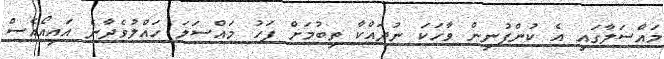
މައްސަލާގައި އެ ކުންފުނިން ވާހަކަ ނުދައްކާ ތިބުމަށް ފަހު މައްސަލަ ހައްލުވެދާނެ އައިއޯއެސް